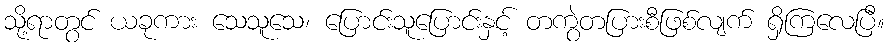
သို့ရာတွင် ယခုကား သေသူသေ၊ ပြောင်းသူပြောင်းနှင့် တကွဲတပြားစီဖြစ်လျက် ရှိကြလေပြီ။